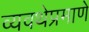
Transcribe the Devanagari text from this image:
व्यवथेप्रमाणे